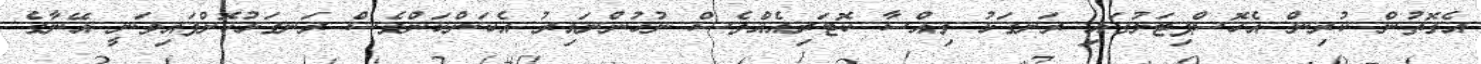
އެގޮތުން ކުރިން އެހޮސްޕިޓަލުގައި ރަނގަޅު ވިއްސާ ކޮޓަރިއެއްވެސް ނުހުންނައިރު އެކަންކަންވެސް ރަނގަޅުކޮށްފައިވަނީ އޭނާގެ